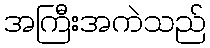
အကြီးအကဲသည်